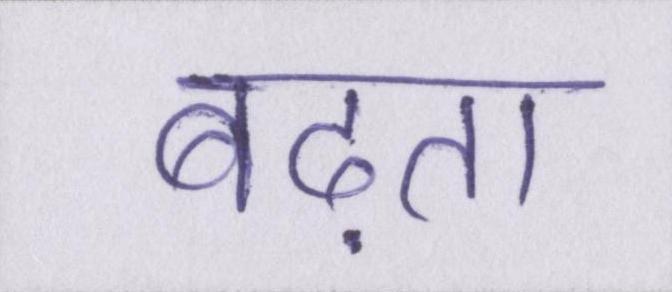
बढ़ता